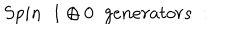
S p i n \; \; 1 \oplus 0 \; \; g e n e r a t o r s \; :